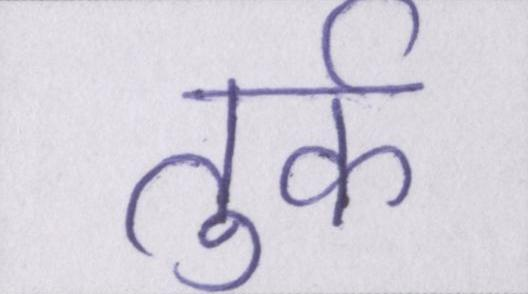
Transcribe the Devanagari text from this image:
तुर्क